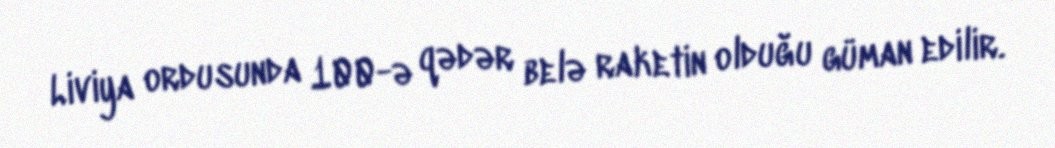
Liviya ordusunda 100-ə qədər belə raketin olduğu güman edilir.